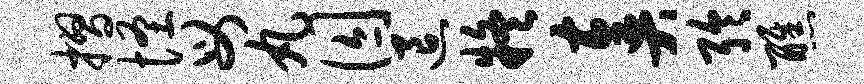
摺怪母丸囚退疑奏聆醮